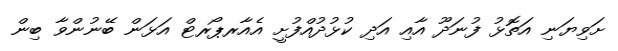
ށަވިޔަނި އަތޮޅު ފުނަދޫ އާއި އަދި ކުޅުދުއްފުށީ އެއާރޕޯރޓް އަޅަން ބޭނުންވާ ބިން